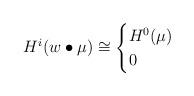
LaTeX: \begin{align*}H^i(w \bullet \mu) \cong \begin{cases} H^0(\mu) & \\ 0 & \end{cases}\end{align*}